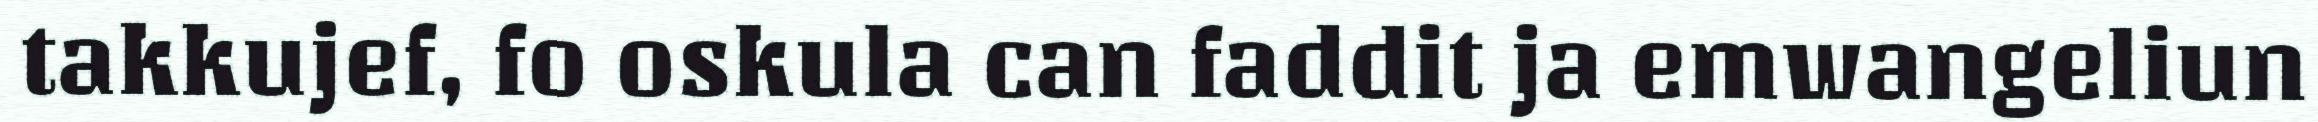
takkujef, fo oskula can faddit ja emwangeliun